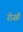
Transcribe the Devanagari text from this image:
रोजही